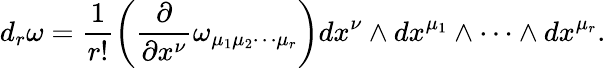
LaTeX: d_{r}\omega=\frac{1}{r!}\left(\frac{\partial}{\partial x^{\nu}}\omega_{\mu_{1}\mu_{2}\cdots\mu_{r}}\right)dx^{\nu}\wedge dx^{\mu_{1}}\wedge\cdots\wedge dx^{\mu_{r}}.